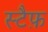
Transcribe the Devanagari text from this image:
स्टैफ़